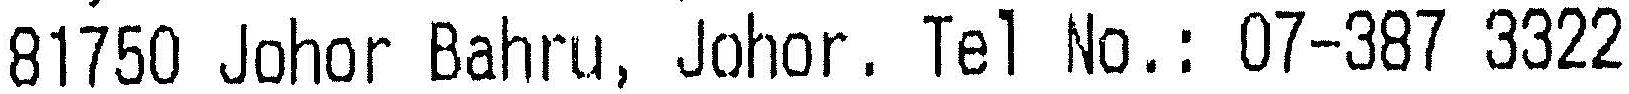
81750 JOHOR BAHRU, JOHOR. TEL NO.: 07-387 3322